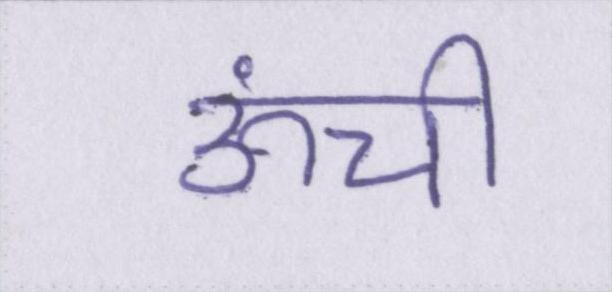
ऊंची